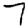
Digit: 7